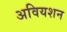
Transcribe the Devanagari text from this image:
अवियशन